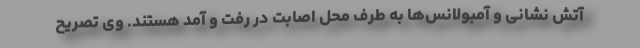
آتش نشانی و آمبولانس‌ها به طرف محل اصابت در رفت و آمد هستند. وی تصریح